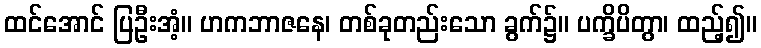
ထင်အောင် ပြဦးအံ့။ ဟကဘာဇနေ၊ တစ်ခုတည်းသော ခွက်၌။ ပက္ခိပိတွာ၊ ထည့်၍။